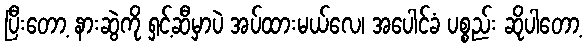
ပြီးတော့ နားဆွဲကို ရှင့်ဆီမှာပဲ အပ်ထားမယ်လေ၊ အပေါင်ခံ ပစ္စည်း ဆိုပါတော့